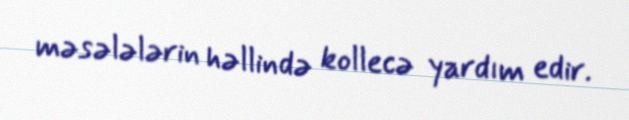
məsələlərin həllində kollecə yardım edir.